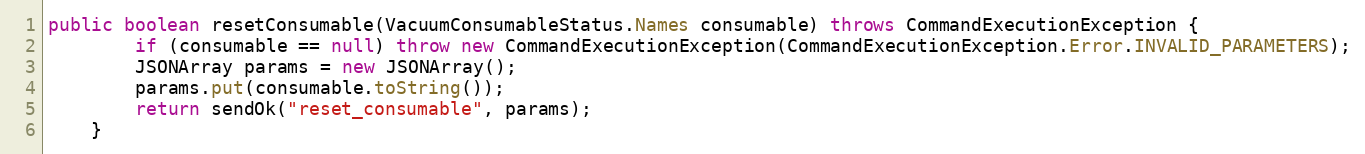
Language: Java
public boolean resetConsumable(VacuumConsumableStatus.Names consumable) throws CommandExecutionException {
        if (consumable == null) throw new CommandExecutionException(CommandExecutionException.Error.INVALID_PARAMETERS);
        JSONArray params = new JSONArray();
        params.put(consumable.toString());
        return sendOk("reset_consumable", params);
    }